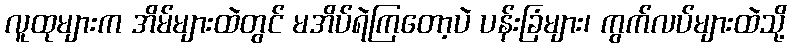
လူထုများက အိမ်များထဲတွင် မအိပ်ရဲကြတော့ပဲ ပန်းခြံများ၊ ကွက်လပ်များထဲသို့